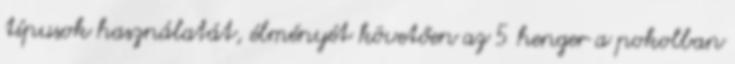
típusok használatát, élményét követően az 5 henger a pokolban